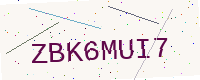
Text: ZBK6MUI7